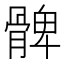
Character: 髀